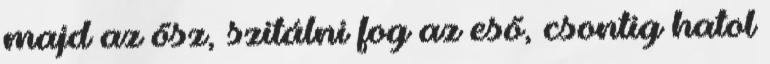
majd az ősz, szitálni fog az eső, csontig hatol